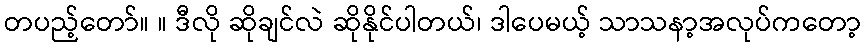
တပည့်တော်။ ။ ဒီလို ဆိုချင်လဲ ဆိုနိုင်ပါတယ်၊ ဒါပေမယ့် သာသနာ့အလုပ်ကတော့